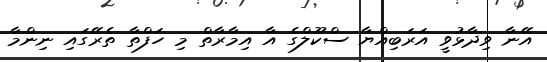
އޭނާ ވިދާޅުވީ އަރަބިއްޔާ ސްކޫލްގެ އާ އިމާރާތް މި ހަފްތާ ތެރޭގައި ނިންމާ